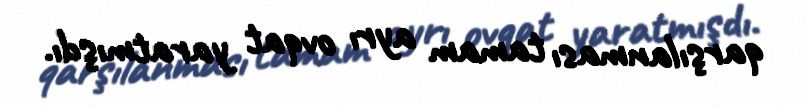
qarşılanması tamam ayrı ovqat yaratmışdı.